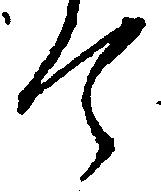
て